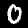
Label: 0